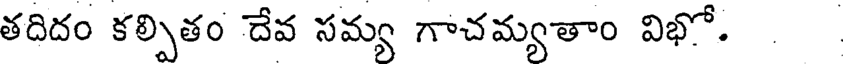
తదిదం కల్పితం దేవ సమ్య గాచమ్యతాం విభో.